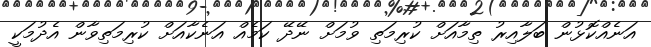
އަނެއްކޮޅުން ބަލާއިރު ތިމާއަށް ކުރިމަތި ވުމަށް ނޭދޭ ކަމެއް އަނެކާއަށް ކުރިމަތިވާން އެދުމަކީ